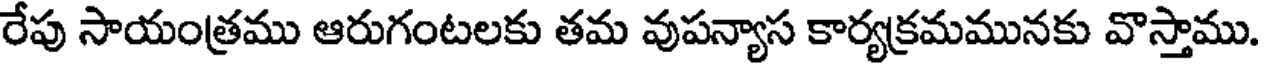
రేపు సాయంత్రము ఆరుగంటలకు తమ వుపన్యాస కార్యక్రమమునకు వొస్తాము.